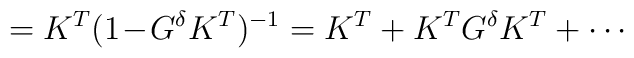
=K^T(1\!-\!G^{\delta}K^T)^{-1}=K^T+K^TG^{\delta}K^T+\cdots